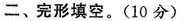
二、完形填空。(10 分)